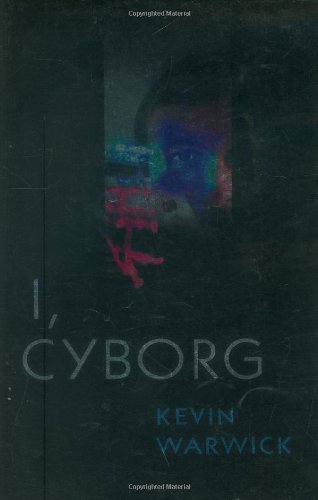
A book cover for I, Cyborg; Kevin Warwick; Computers & Technology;